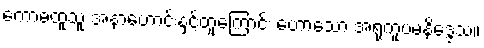
ကောဓထူသူ အနာဟောင်းနှင့်တူကြောင်း ဟောသော အရုကူပမနိဒ္ဒေသ။